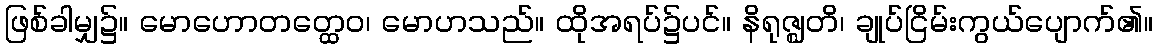
ဖြစ်ခါမျှ၌။ မောဟောတတ္ထေဝ၊ မောဟသည်။ ထိုအရပ်၌ပင်။ နိရုဇ္ဈတိ၊ ချုပ်ငြိမ်းကွယ်ပျောက်၏။